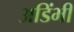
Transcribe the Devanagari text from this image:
अडिंभी